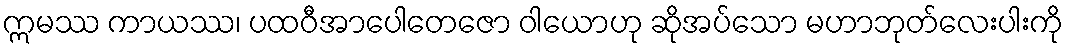
ဣမဿ ကာယဿ၊ ပထဝီအာပေါတေဇော ဝါယောဟု ဆိုအပ်သော မဟာဘုတ်လေးပါးကို